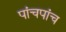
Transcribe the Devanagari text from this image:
पांचपांच